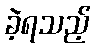
ခဲ့ရသည့်